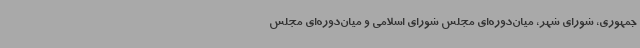
جمهوری، شورای شهر، میان‌دوره‌ای مجلس شورای اسلامی و میان‌دوره‌ای مجلس